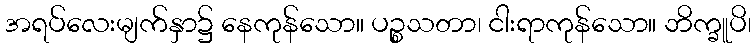
အရပ်လေးမျက်နှာ၌ နေကုန်သော။ ပဉ္စသတာ၊ ငါးရာကုန်သော။ ဘိက္ခူပိ၊